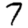
Digit: 7